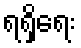
ရရှိရေး